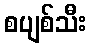
စပျစ်သီး